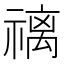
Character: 䄜